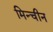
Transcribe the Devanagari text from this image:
मिन्चीन